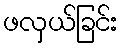
ဖလှယ်ခြင်း